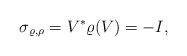
LaTeX: \begin{align*}\sigma_{\varrho, \rho}=V^*\varrho(V)=-I,\end{align*}